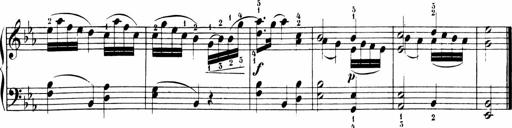
Title: 6 Sonatinas
Composer: Carl Reinecke